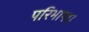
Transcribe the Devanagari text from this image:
परिभाषा।